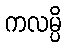
ကလမ္ပိ